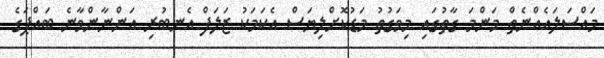
މައްސަލައެއްނެތް މަންމަ ގާތުގައި މިވަގުތު މަޑުކޮށްލިޔަސް އެކަމަކު ޒަލަފް އެނބުރި އަންނާންވާނެ ބައްޕަގެ